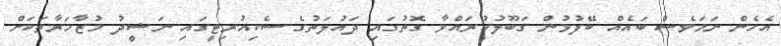
އެހެން ނަމަވެސް ބައެއް ބޭފުޅުން ގަބޫލުކުރައްވާ ގޮތުގައި ދައުލަތުގެ ސެކިއުރިޓީގައި ނަޝީދު މުޒާހަރާތަކަށް